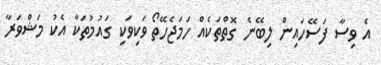
އެ ވިސާ ފަސޭހައިން ލިބޭނެ ގޮތްތަކެއް ހަމަޖެހޭތޯ ވަކިވަކި ގައުމުތަކާ އެކު މަޝްވަރާ